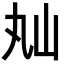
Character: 𡵎